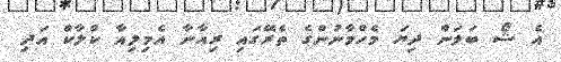
އެ ޝޯ ބަލަން ދިޔަ މެހްމާނުންގެ ތެރޭގައި ރިއާނާ އެމިލިއާ ކްލާކް އަދި